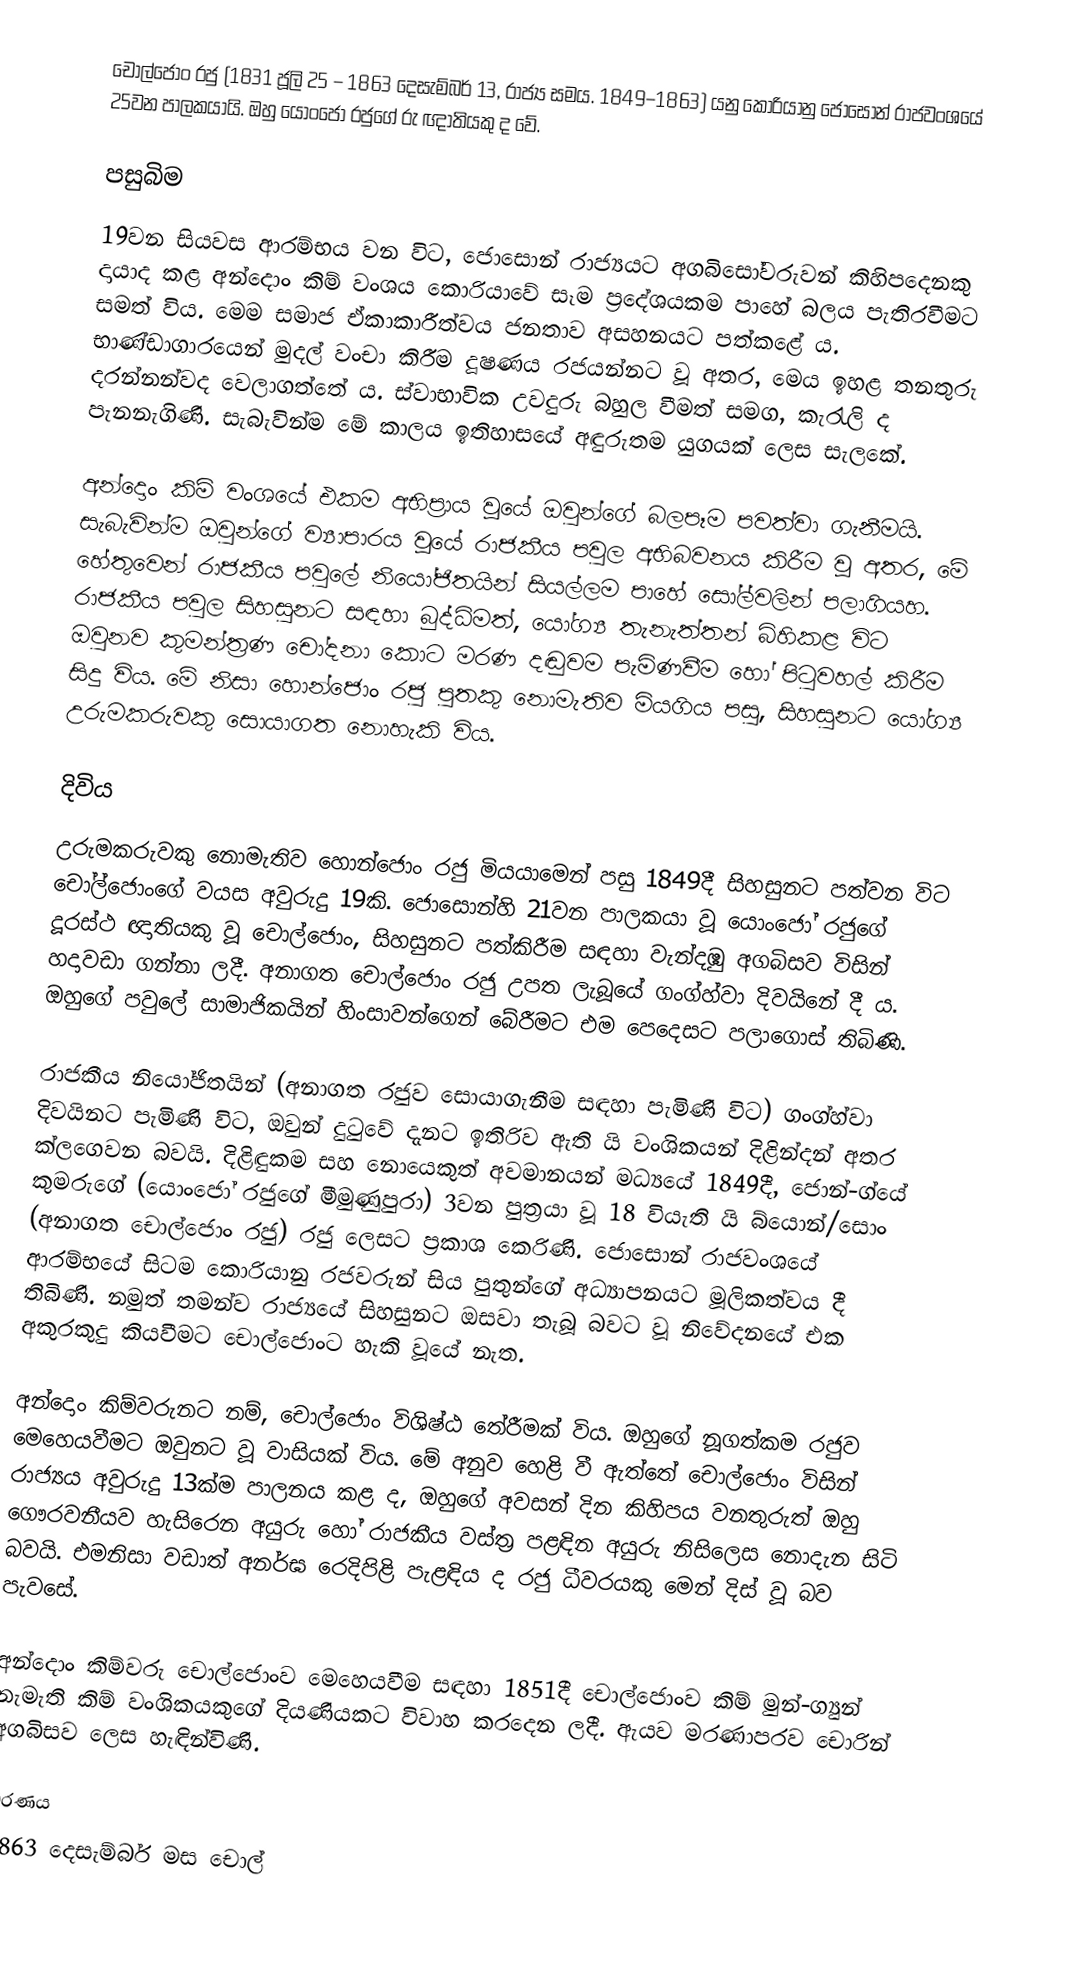
චොල්ජොං රජු (1831 ජූලි 25 – 1863 දෙසැම්බර් 13, රාජ්‍ය සමය. 1849–1863) යනු කොරියානු ජොසොන් රාජවංශයේ 25වන පාලකයායි. ඔහු යොංජෝ රජුගේ රු ඥාතියකු ද වේ.

පසුබිම
19වන සියවස ආරම්භය වන විට, ජොසොන් රාජ්‍යයට අගබිසෝවරුවන් කිහිපදෙනකු දායාද කළ අන්දොං කිම් වංශය කොරියාවේ සෑම ප්‍රදේශයකම පාහේ බලය පැතිරවීමට සමත් විය. මෙම සමාජ ඒකාකාරීත්වය ජනතාව අසහනයට පත්කළේ ය. භාණ්ඩාගාරයෙන් මුදල් වංචා කිරීම දූෂණය රජයන්නට වූ අතර, මෙය ඉහළ තනතුරු දරන්නන්වද වෙලාගත්තේ ය. ස්වාභාවික උවදුරු බහුල වීමත් සමග, කැරැලි ද පැනනැගිණි. සැබැවින්ම මේ කාලය ඉතිහාසයේ අඳුරුතම යුගයක් ලෙස සැලකේ.

අන්දොං කිම් වංශයේ එකම අභිප්‍රාය වූයේ ඔවුන්ගේ බලපෑම පවත්වා ගැනීමයි. සැබැවින්ම ඔවුන්ගේ ව්‍යාපාරය වූයේ රාජකීය පවුල අභිබවනය කිරීම වූ අතර, මේ හේතුවෙන් රාජකීය පවුලේ නියෝජිතයින් සියල්ලම පාහේ සෝල්වලින් පලාගියහ. රාජකීය පවුල සිහසුනට සඳහා බුද්ධිමත්, යෝග්‍ය තැනැත්තන් බිහිකළ විට ඔවුනව කුමන්ත්‍රණ චෝදනා කොට මරණ දඬුවම පැමිණවීම හෝ පිටුවහල් කිරීම සිදු විය. මේ නිසා හොන්ජොං රජු පුතකු නොමැතිව මියගිය පසු, සිහසුනට යෝග්‍ය උරුමකරුවකු සොයාගත නොහැකි විය.

දිවිය
උරුමකරුවකු නොමැතිව හොන්ජොං රජු මියයාමෙන් පසු 1849දී සිහසුනට පත්වන විට චෝල්ජොංගේ වයස අවුරුදු 19කි. ජොසොන්හි 21වන පාලකයා වූ යොංජෝ රජුගේ දූරස්ථ ඥාතියකු වූ චොල්ජොං, සිහසුනට පත්කිරීම සඳහා වැන්දඹු අගබිසව විසින් හදාවඩා ගන්නා ලදී. අනාගත චොල්ජොං රජු උපත ලැබූයේ ගංග්හ්වා දිවයිනේ දී ය. ඔහුගේ පවුලේ සාමාජිකයින් හිංසාවන්ගෙන් බේරීමට එම පෙදෙසට පලාගොස් තිබිණි.

රාජකීය නියෝජිතයින් (අනාගත රජුව සොයාගැනීම සඳහා පැමිණි විට) ගංග්හ්වා දිවයිනට පැමිණි විට, ඔවුන්‍ දුටුවේ දැනට ඉතිරිව ඇති යි වංශිකයන් දිළින්දන් අතර ක්ලගෙවන බවයි. දිළිඳුකම සහ නොයෙකුත් අවමානයන් මධ්‍යයේ 1849දී, ජොන්-ග්යේ කුමරුගේ (යොංජෝ රජුගේ මීමුණුපුරා) 3වන පුත්‍රයා වූ 18 වියැති යි බ්යොන්/සොං (අනාගත චොල්ජොං රජු) රජු ලෙසට ප්‍රකාශ කෙරිණි. ජොසොන් රාජවංශයේ ආරම්භයේ සිටම කොරියානු රජවරුන් සිය පුතුන්ගේ අධ්‍යාපනයට මූලිකත්වය දී තිබිණි. නමුත් තමන්ව රාජ්‍යයේ සිහසුනට ඔසවා තැබූ බවට වූ නිවේදනයේ එක අකුරකුදු කියවීමට චොල්ජොංට හැකි වූයේ නැත.

අන්දොං කිම්වරුනට නම්, චොල්ජොං විශිෂ්ඨ තේරීමක් විය. ඔහුගේ නූගත්කම රජුව මෙහෙයවීමට ඔවුනට වූ වාසියක් විය. මේ අනුව හෙළි වී ඇත්තේ චොල්ජොං විසින් රාජ්‍යය අවුරුදු 13ක්ම පාලනය කළ ද, ඔහුගේ අවසන් දින කිහිපය වනතුරුත් ඔහු ගෞරවනීයව හැසිරෙන අයුරු හෝ රාජකීය වස්ත්‍ර පළඳින අයුරු නිසිලෙස නොදැන සිටි බවයි. එමනිසා වඩාත් අනර්ඝ රෙදිපිළි පැළඳිය ද රජු ධීවරයකු මෙන් දිස් වූ බව පැවසේ.

අන්දොං කිම්වරු චොල්ජොංව මෙහෙයවීම සඳහා 1851දී චොල්ජොංව කිම් මුන්-ග්‍යුන් නැමැති කිම් වංශිකයකුගේ දියණියකට විවාහ කරදෙන ලදී. ඇයව මරණාපරව චොරින් අගබිසව ලෙස හැඳින්විණි.

මරණය
1863 දෙසැම්බර් මස චොල්